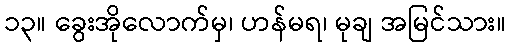
၁၃။ ခွေးအိုလောက်မှ၊ ဟန်မရ၊ မုချ အမြင်သား။